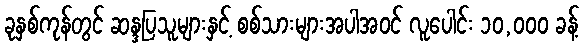
ခုနှစ်ကုန်တွင် ဆန္ဒပြသူများနှင့် စစ်သားများအပါအဝင် လူပေါင်း ၁၀,၀၀၀ ခန့်